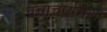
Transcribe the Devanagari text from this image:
पंचाचार्यगणों